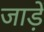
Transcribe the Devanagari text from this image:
जाड़ें